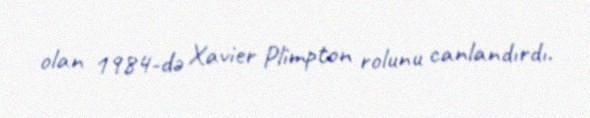
olan 1984-də Xavier Plimpton rolunu canlandırdı.